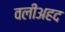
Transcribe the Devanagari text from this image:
वलीअहद